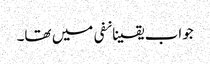
جواب یقینانفی میں تھا۔